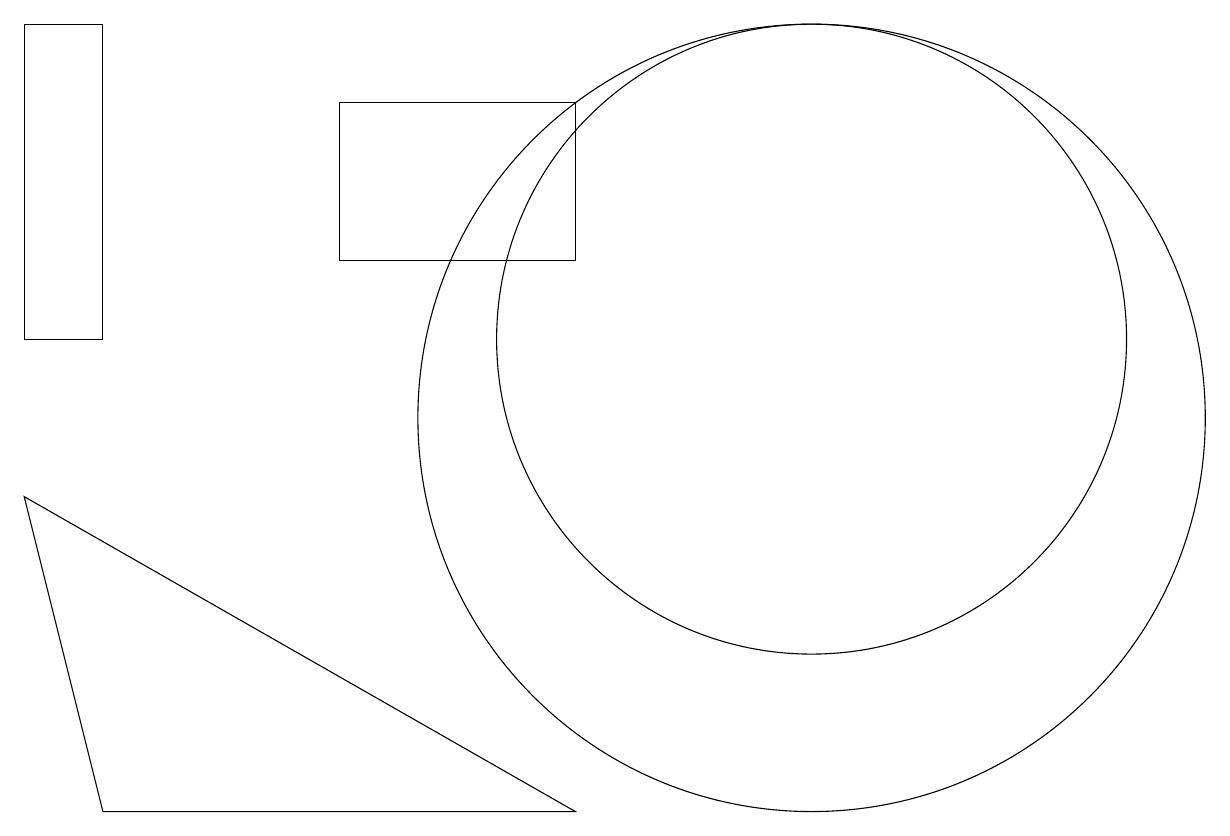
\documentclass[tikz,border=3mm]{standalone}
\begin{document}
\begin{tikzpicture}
\draw (10,10) circle (5);
\draw (7,14) rectangle (4,12);
\draw (1,15) rectangle (0,11);
\draw (1,5) -- (0,9) -- (7,5) -- cycle;
\draw (10,11) circle (4);
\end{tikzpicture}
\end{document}